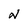
Character: N